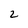
Character: 2